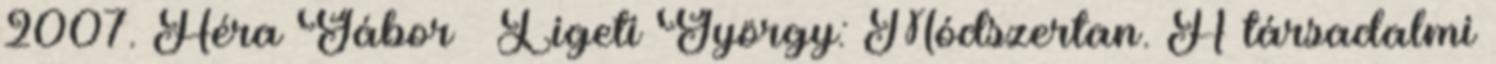
2007. Héra Gábor – Ligeti György: Módszertan. A társadalmi